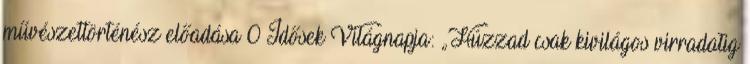
művészettörténész előadása 0 Idősek Világnapja: „Húzzad csak kivilágos virradatig